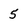
Character: 5